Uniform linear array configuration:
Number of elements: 8
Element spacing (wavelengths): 0.25
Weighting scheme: exponential
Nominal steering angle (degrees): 30
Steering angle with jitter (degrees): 29.066
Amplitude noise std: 0.05
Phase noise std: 0.05

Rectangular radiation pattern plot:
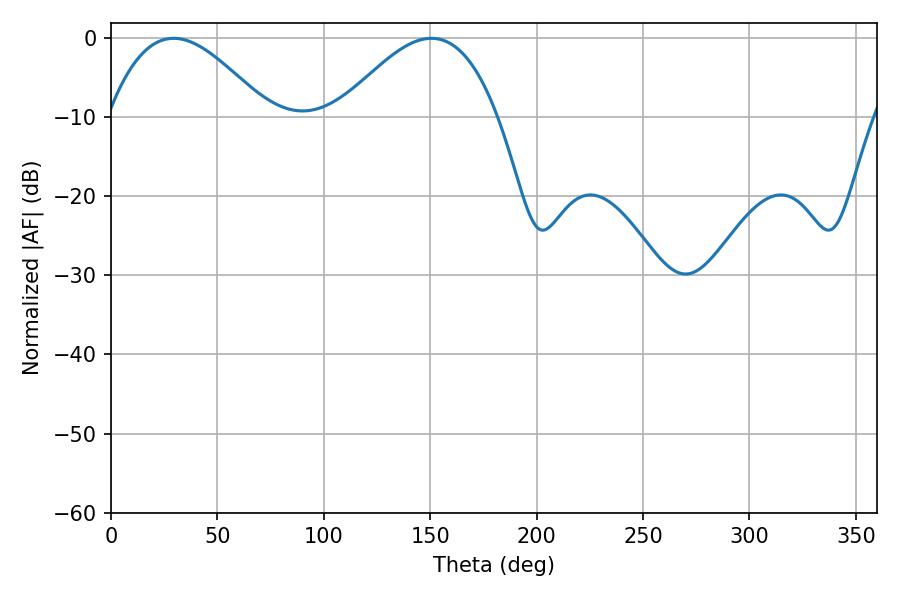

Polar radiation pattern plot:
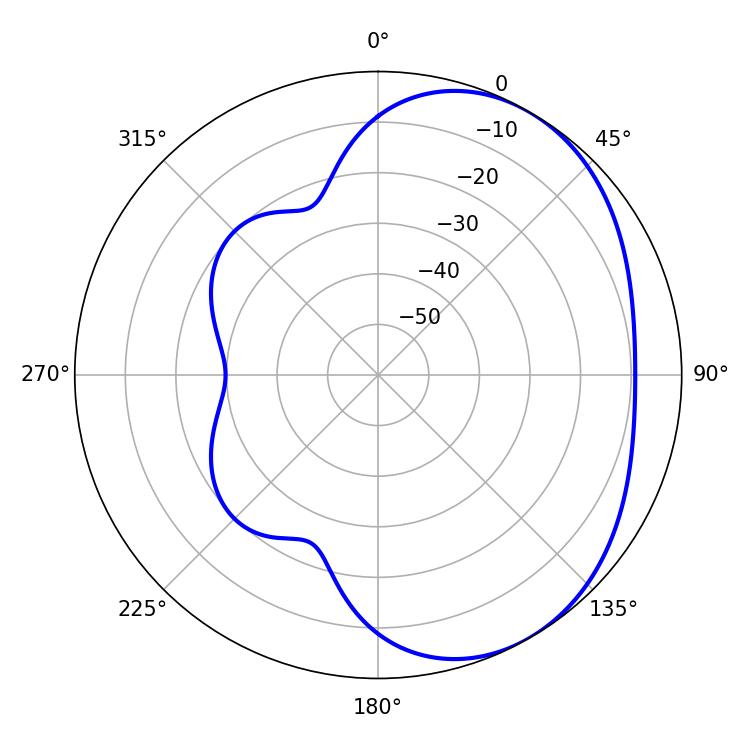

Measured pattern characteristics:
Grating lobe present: FALSE
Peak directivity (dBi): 3.673
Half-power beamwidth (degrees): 40.68
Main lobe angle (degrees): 29.52